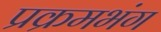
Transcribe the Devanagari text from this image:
प्रक्रमभंग